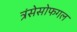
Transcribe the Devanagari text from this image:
त्रंसेसोफगल